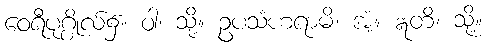
ဝေရီပုဂ္ဂိုလ်၌။ ဝါ၊ သို့။ ဥပသံဟရာမိ၊ အံ့။ ဣတိ၊ သို့။